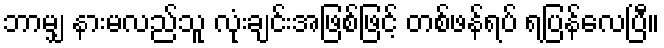
ဘာမျှ နားမလည်သူ လုံးချင်းအဖြစ်ဖြင့် တစ်ဖန်ရပ် ရပြန်လေပြီ။